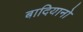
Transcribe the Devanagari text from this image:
बादियानो